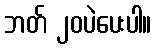
ဘတ် ၂၀ပဲပေးပါ။